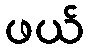
ဖယ်